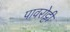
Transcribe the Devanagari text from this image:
पावरोट्टी